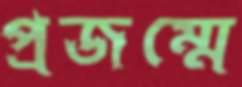
প্রজম্মে